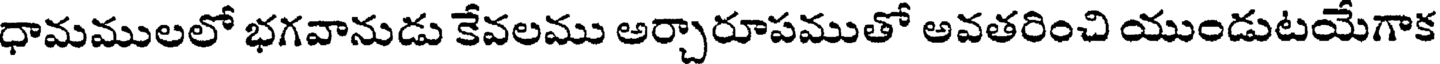
ధామములలో భగవానుడు కేవలము అర్చారూపముతో అవతరించి యుండుటయేగాక